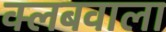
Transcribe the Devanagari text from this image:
क्लबवाला